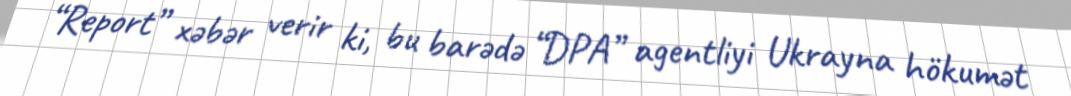
“Report” xəbər verir ki, bu barədə “DPA” agentliyi Ukrayna hökumət